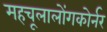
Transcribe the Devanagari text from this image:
महचूलालोंगकोर्नर